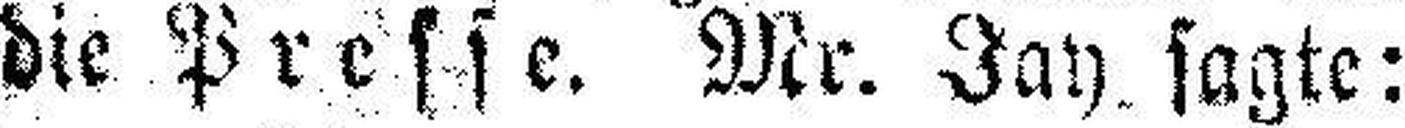
die Presse. Mr. Jay sagte: